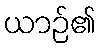
ယာဉ်၏